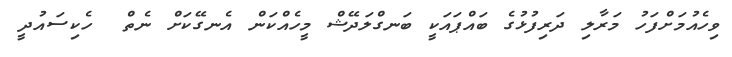
ވިހެއުމަށްފަހު މަރާލި ދަރިފުޅުގެ ބައްޕައަކީ ބަނގްލަދޭޝް މީހެއްކަން އެނގޭކަށް ނެތް  ހެކިސައުދީ